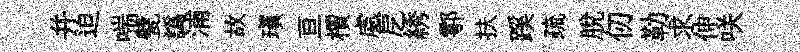
并迫喘甓譌浦故瑱亘檟處戹綉鄠扶蹊疏脫仞勒求伸咲